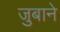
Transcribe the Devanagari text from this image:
जुबाने